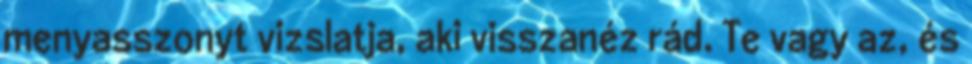
menyasszonyt vizslatja, aki visszanéz rád. Te vagy az, és